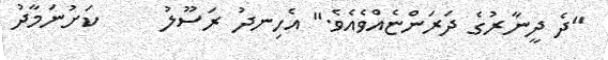
"ދެ ދީނާރުގެ ދަރަންޏެއްވެއެވެ." އެހިނދު ރަސޫލު     ކަށުނަމާދު